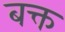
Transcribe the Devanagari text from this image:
बक्त